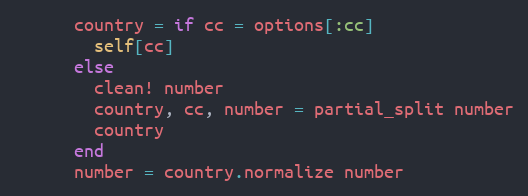
Language: Ruby
      country = if cc = options[:cc]
        self[cc]
      else
        clean! number
        country, cc, number = partial_split number
        country
      end
      number = country.normalize number